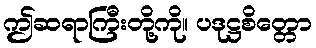
ဤဆရာကြီးတို့ကို။ ပဒုဋ္ဌစိတ္တော